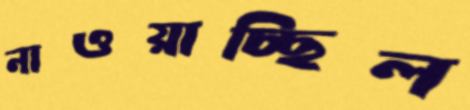
নাওয়াচ্ছিল